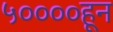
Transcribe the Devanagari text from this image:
५००००हून